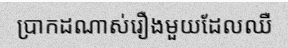
ប្រាកដណាស់រឿងមួយដែលឈឺ